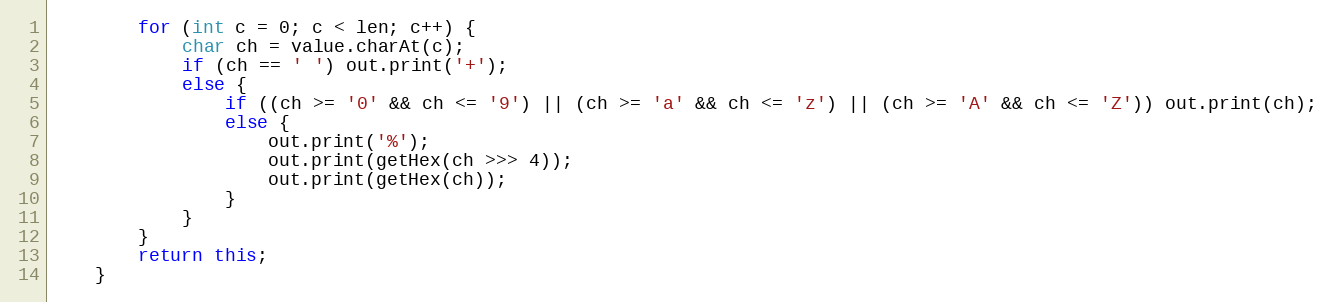
Language: Java
		for (int c = 0; c < len; c++) {
			char ch = value.charAt(c);
			if (ch == ' ') out.print('+');
			else {
				if ((ch >= '0' && ch <= '9') || (ch >= 'a' && ch <= 'z') || (ch >= 'A' && ch <= 'Z')) out.print(ch);
				else {
					out.print('%');
					out.print(getHex(ch >>> 4));
					out.print(getHex(ch));
				}
			}
		}
		return this;
	}